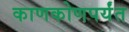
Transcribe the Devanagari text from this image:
काणकोणपर्यंत